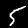
Label: 5